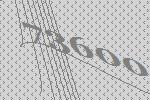
73600